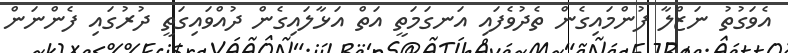
އެވަގުތު ނަޒްލާ ފުންމައިގެން ތެދުވެފައި އަނގަމަތީ އަތް އަޅާލައިގެން ދުއްވައިގަތީ ދުރުގައި ފެންނަން